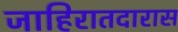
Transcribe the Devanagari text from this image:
जाहिरातदारास